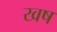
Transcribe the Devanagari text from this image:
खष